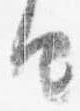
由